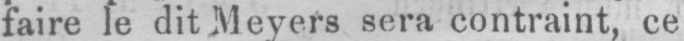
faire le dit Meyers sera contraint, ce